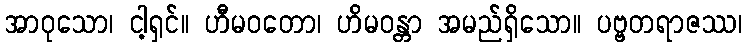
အာဝုသော၊ ငါ့ရှင်။ ဟီမဝတော၊ ဟိမဝန္တာ အမည်ရှိသော။ ပဗ္ဗတရာဇဿ၊